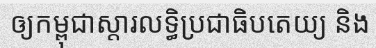
ឲ្យកម្ពុជាស្តារលទ្ធិប្រជាធិបតេយ្យ និង